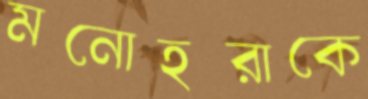
মনোহরাকে